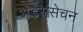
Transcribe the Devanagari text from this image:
अंडसंसेचन